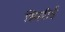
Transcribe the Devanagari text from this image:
झिल्लीई